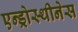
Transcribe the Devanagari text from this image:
एन्ड्रोस्थीनेस